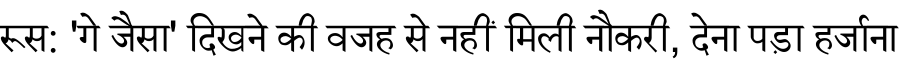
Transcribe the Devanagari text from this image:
रूस: 'गे जैसा' दिखने की वजह से नहीं मिली नौकरी, देना पड़ा हर्जाना